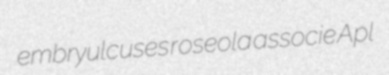
embryulcuses roseola associe Apl